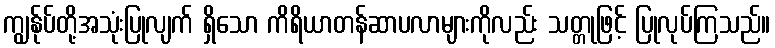
ကျွန်ုပ်တို့အသုံးပြုလျက် ရှိသော ကိရိယာတန်ဆာပလာများကိုလည်း သတ္တုဖြင့် ပြုလုပ်ကြသည်။